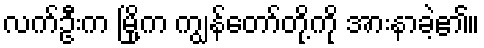
လက်ဦးက မြို့က ကျွန်တော်တို့ကို အားနာခဲ့၏။